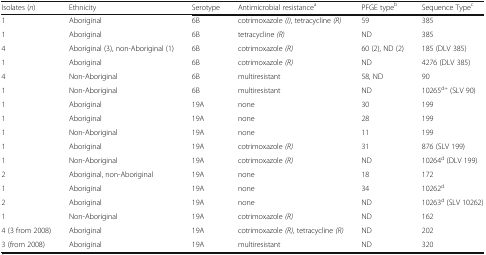
<table><thead><tr><td><b>Isolates (<i>n</i>)</b></td><td><b>Ethnicity</b></td><td><b>Serotype</b></td><td><b>Antimicrobial resistance<sup>a</sup></b></td><td><b>PFGE type<sup>b</sup></b></td><td><b>Sequence Type<sup>c</sup></b></td></tr></thead><tbody><tr><td>1</td><td>Aboriginal</td><td>6B</td><td>cotrimoxazole <i>(I)</i>, tetracycline <i>(R)</i></td><td>59</td><td>385</td></tr><tr><td>1</td><td>Aboriginal</td><td>6B</td><td>tetracycline <i>(R)</i></td><td>ND</td><td>385</td></tr><tr><td>4</td><td>Aboriginal (3), non-Aboriginal (1)</td><td>6B</td><td>cotrimoxazole <i>(R)</i></td><td>60 (2), ND (2)</td><td>185 (DLV 385)</td></tr><tr><td>1</td><td>Aboriginal</td><td>6B</td><td>cotrimoxazole <i>(R)</i></td><td>ND</td><td>4276 (DLV 385)</td></tr><tr><td>4</td><td>Non-Aboriginal</td><td>6B</td><td>multiresistant</td><td>58, ND</td><td>90</td></tr><tr><td>1</td><td>Non-Aboriginal</td><td>6B</td><td>multiresistant</td><td>ND</td><td>10265<sup>d+</sup> (SLV 90)</td></tr><tr><td>1</td><td>Aboriginal</td><td>19A</td><td>none</td><td>30</td><td>199</td></tr><tr><td>1</td><td>Aboriginal</td><td>19A</td><td>none</td><td>28</td><td>199</td></tr><tr><td>1</td><td>Non-Aboriginal</td><td>19A</td><td>none</td><td>11</td><td>199</td></tr><tr><td>1</td><td>Aboriginal</td><td>19A</td><td>cotrimoxazole <i>(R)</i></td><td>31</td><td>876 (SLV 199)</td></tr><tr><td>1</td><td>Non-Aboriginal</td><td>19A</td><td>cotrimoxazole <i>(R)</i></td><td>ND</td><td>10264<sup>d</sup> (DLV 199)</td></tr><tr><td>2</td><td>Aboriginal, non-Aboriginal</td><td>19A</td><td>none</td><td>18</td><td>172</td></tr><tr><td>1</td><td>Aboriginal</td><td>19A</td><td>none</td><td>34</td><td>10262<sup>d</sup></td></tr><tr><td>2</td><td>Aboriginal</td><td>19A</td><td>none</td><td>ND</td><td>10263<sup>d</sup> (SLV 10262)</td></tr><tr><td>1</td><td>Non-Aboriginal</td><td>19A</td><td>cotrimoxazole <i>(R)</i></td><td>ND</td><td>162</td></tr><tr><td>4 (3 from 2008)</td><td>Aboriginal</td><td>19A</td><td>cotrimoxazole <i>(R)</i>, tetracycline <i>(R)</i></td><td>ND</td><td>202</td></tr><tr><td>3 (from 2008)</td><td>Aboriginal</td><td>19A</td><td>multiresistant</td><td>ND</td><td>320</td></tr></tbody></table>